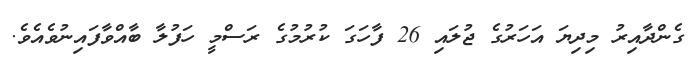
ގެންދާއިރު މިދިޔަ އަހަރުގެ ޖުލައި 26 ފާހަގަ ކުރުމުގެ ރަސްމީ ހަފުލާ ބާއްވާފައިނުވެއެވެ.